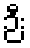
ဉီး